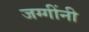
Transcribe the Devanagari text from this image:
जग्गींनी